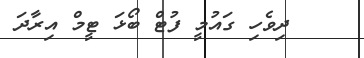
ދިވެހި ގައުމީ ފުޓް ބޯޅަ ޓީމް އިރާދަ